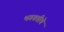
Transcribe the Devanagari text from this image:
भगवतीचे